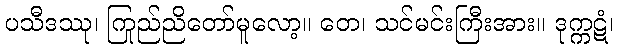
ပသီဒဿု၊ ကြည်ညိုတော်မူလော့။ တေ၊ သင်မင်းကြီးအား။ ဒုက္ကဋံ၊